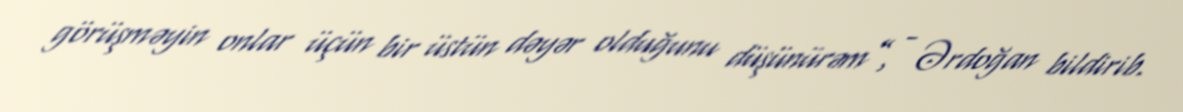
görüşməyin onlar üçün bir üstün dəyər olduğunu düşünürəm”, - Ərdoğan bildirib.